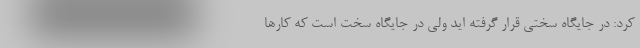
کرد: در جایگاه سختی قرار گرفته اید ولی در جایگاه سخت است که کارها